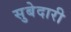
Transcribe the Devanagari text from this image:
सुबेदारी